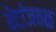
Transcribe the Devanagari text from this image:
बेटांजवळ